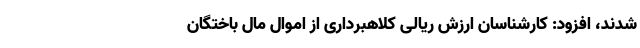
شدند، افزود: کارشناسان ارزش ریالی کلاهبرداری از اموال مال باختگان